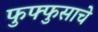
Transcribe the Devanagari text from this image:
फुफ्फुसाचे